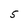
Character: 5